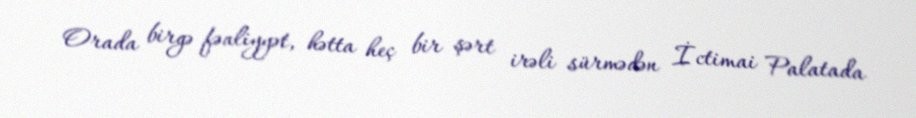
Orada birgə fəaliyyət, hətta heç bir şərt irəli sürmədən İctimai Palatada